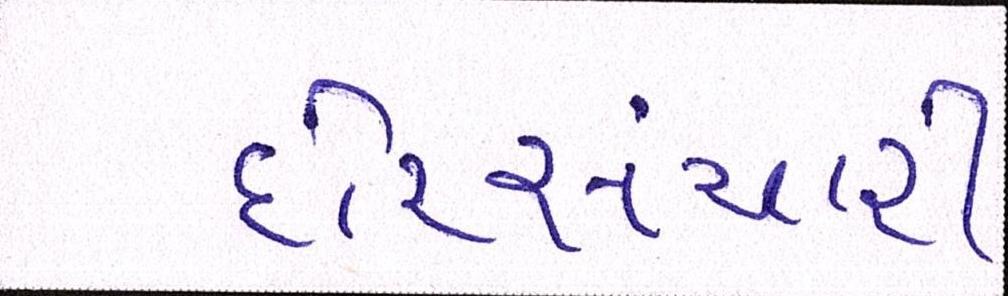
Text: દોરીસંચાર